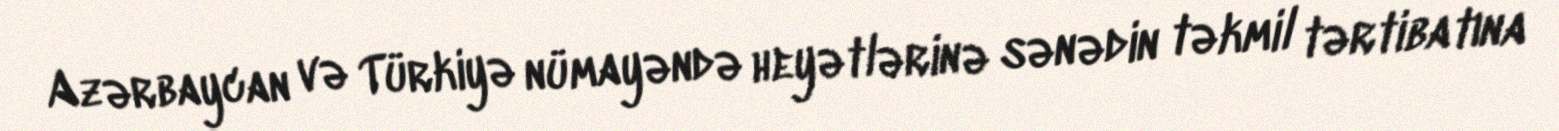
Azərbaycan və Türkiyə nümayəndə heyətlərinə sənədin təkmil tərtibatına